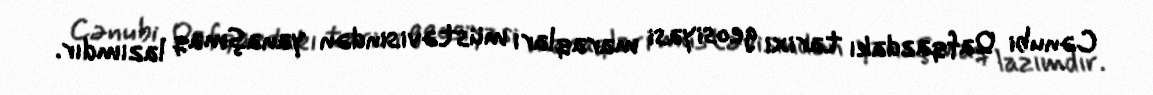
Cənubi Qafqazdakı tarixi geosiyasi maraqları müstəvisindən yanaşmaq lazımdır.